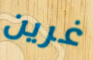
غرين